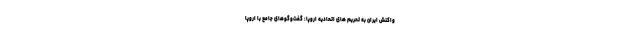
واکنش ایران به تحریم های اتحادیه اروپا: گفت‌و‌گوهای جامع با اروپا